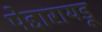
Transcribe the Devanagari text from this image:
पेद्दारायडू